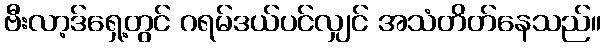
ဗီးလာ့ဒ်ရှေ့တွင် ဂရမ်ဒယ်ပင်လျှင် အသံတိတ်နေသည်။